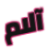
آلام